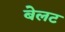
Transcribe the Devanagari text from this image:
बेलट